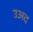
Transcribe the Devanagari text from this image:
उअद